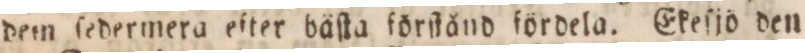
dem ſedermera eſter bäſta förſtånd fördela. Ekeſjd den